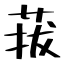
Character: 菝